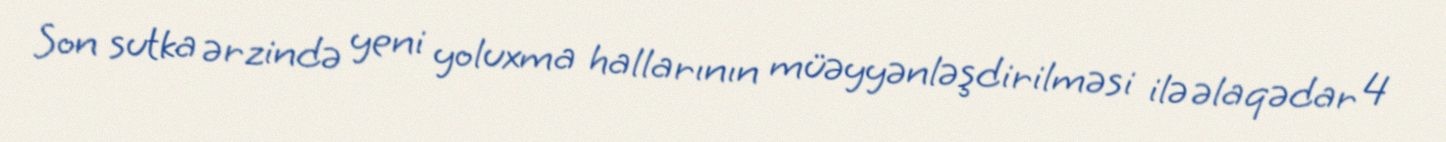
Son sutka ərzində yeni yoluxma hallarının müəyyənləşdirilməsi ilə əlaqədar 4